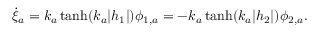
\dot { \xi } _ { a } = k _ { a } \operatorname { t a n h } ( k _ { a } | h _ { 1 } | ) \phi _ { 1 , a } = - k _ { a } \operatorname { t a n h } ( k _ { a } | h _ { 2 } | ) \phi _ { 2 , a } .